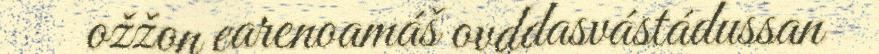
ožžon earenoamáš ovddasvástádussan